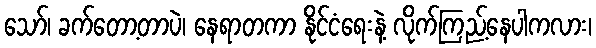
သော်၊ ခက်တော့တာပဲ၊ နေရာတကာ နိုင်ငံရေးနဲ့ လိုက်ကြည့်နေပါကလား၊